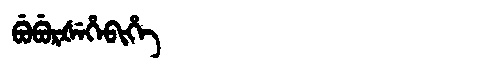
Manchu: ᠪᡠᠪᡠᡵᡧᡝᡥᡝᠪᡳᡥᡝ
Romanization: BUBURŠEHEBIHE